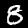
Digit: 8